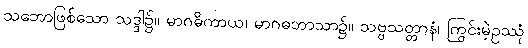
သဘောဖြစ်သော သဒ္ဒါ၌။ မာဂဓိကာယ၊ မာဂဓဘာသာ၌။ သဗ္ဗသတ္တာနံ၊ ကြွင်းမဲ့ဥဿုံ